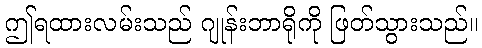
ဤရထားလမ်းသည် ဂျုန်းဘာရိုကို ဖြတ်သွားသည်။